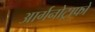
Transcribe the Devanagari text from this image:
आर्गनोट्राफों